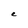
Character: e